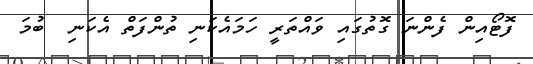
ފޮޓޯއިން ފެންނަ ގޮތުގައި ވައްތަރީ ހަމައެކަނި ތުންފަތް އެކަނި  ބުމަ